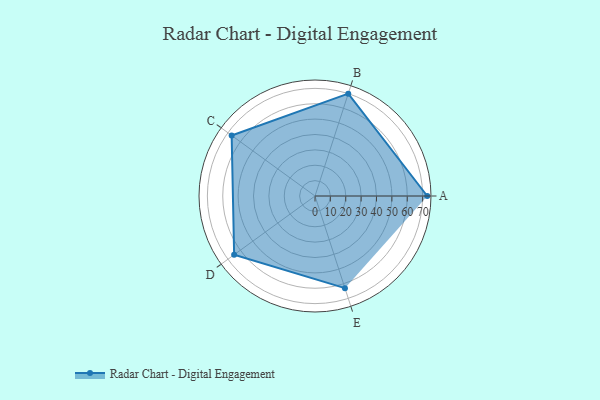
{"axis": {"x": "Skill", "y": "Score"}, "legend": ["Profile"], "data": [{"x": "A", "y": 73.0, "type": "Profile"}, {"x": "B", "y": 70.0, "type": "Profile"}, {"x": "C", "y": 67.0, "type": "Profile"}, {"x": "D", "y": 65.0, "type": "Profile"}, {"x": "E", "y": 63.0, "type": "Profile"}]}